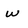
Character: w